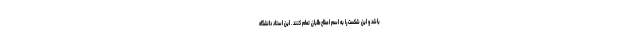
باشد و این شکست را به اسم اصلاح‌طلبان تمام کنند . این استاد دانشگاه